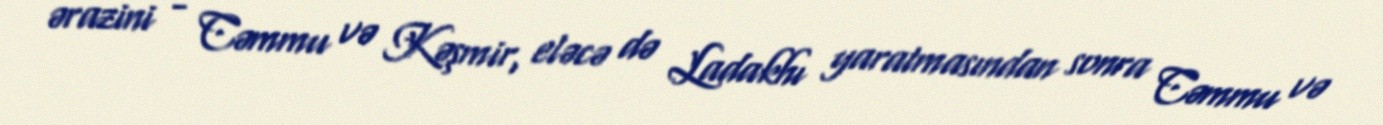
ərazini - Cəmmu və Kəşmir, eləcə də Ladakhı yaratmasından sonra Cəmmu və